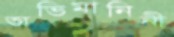
অভিমানিনী